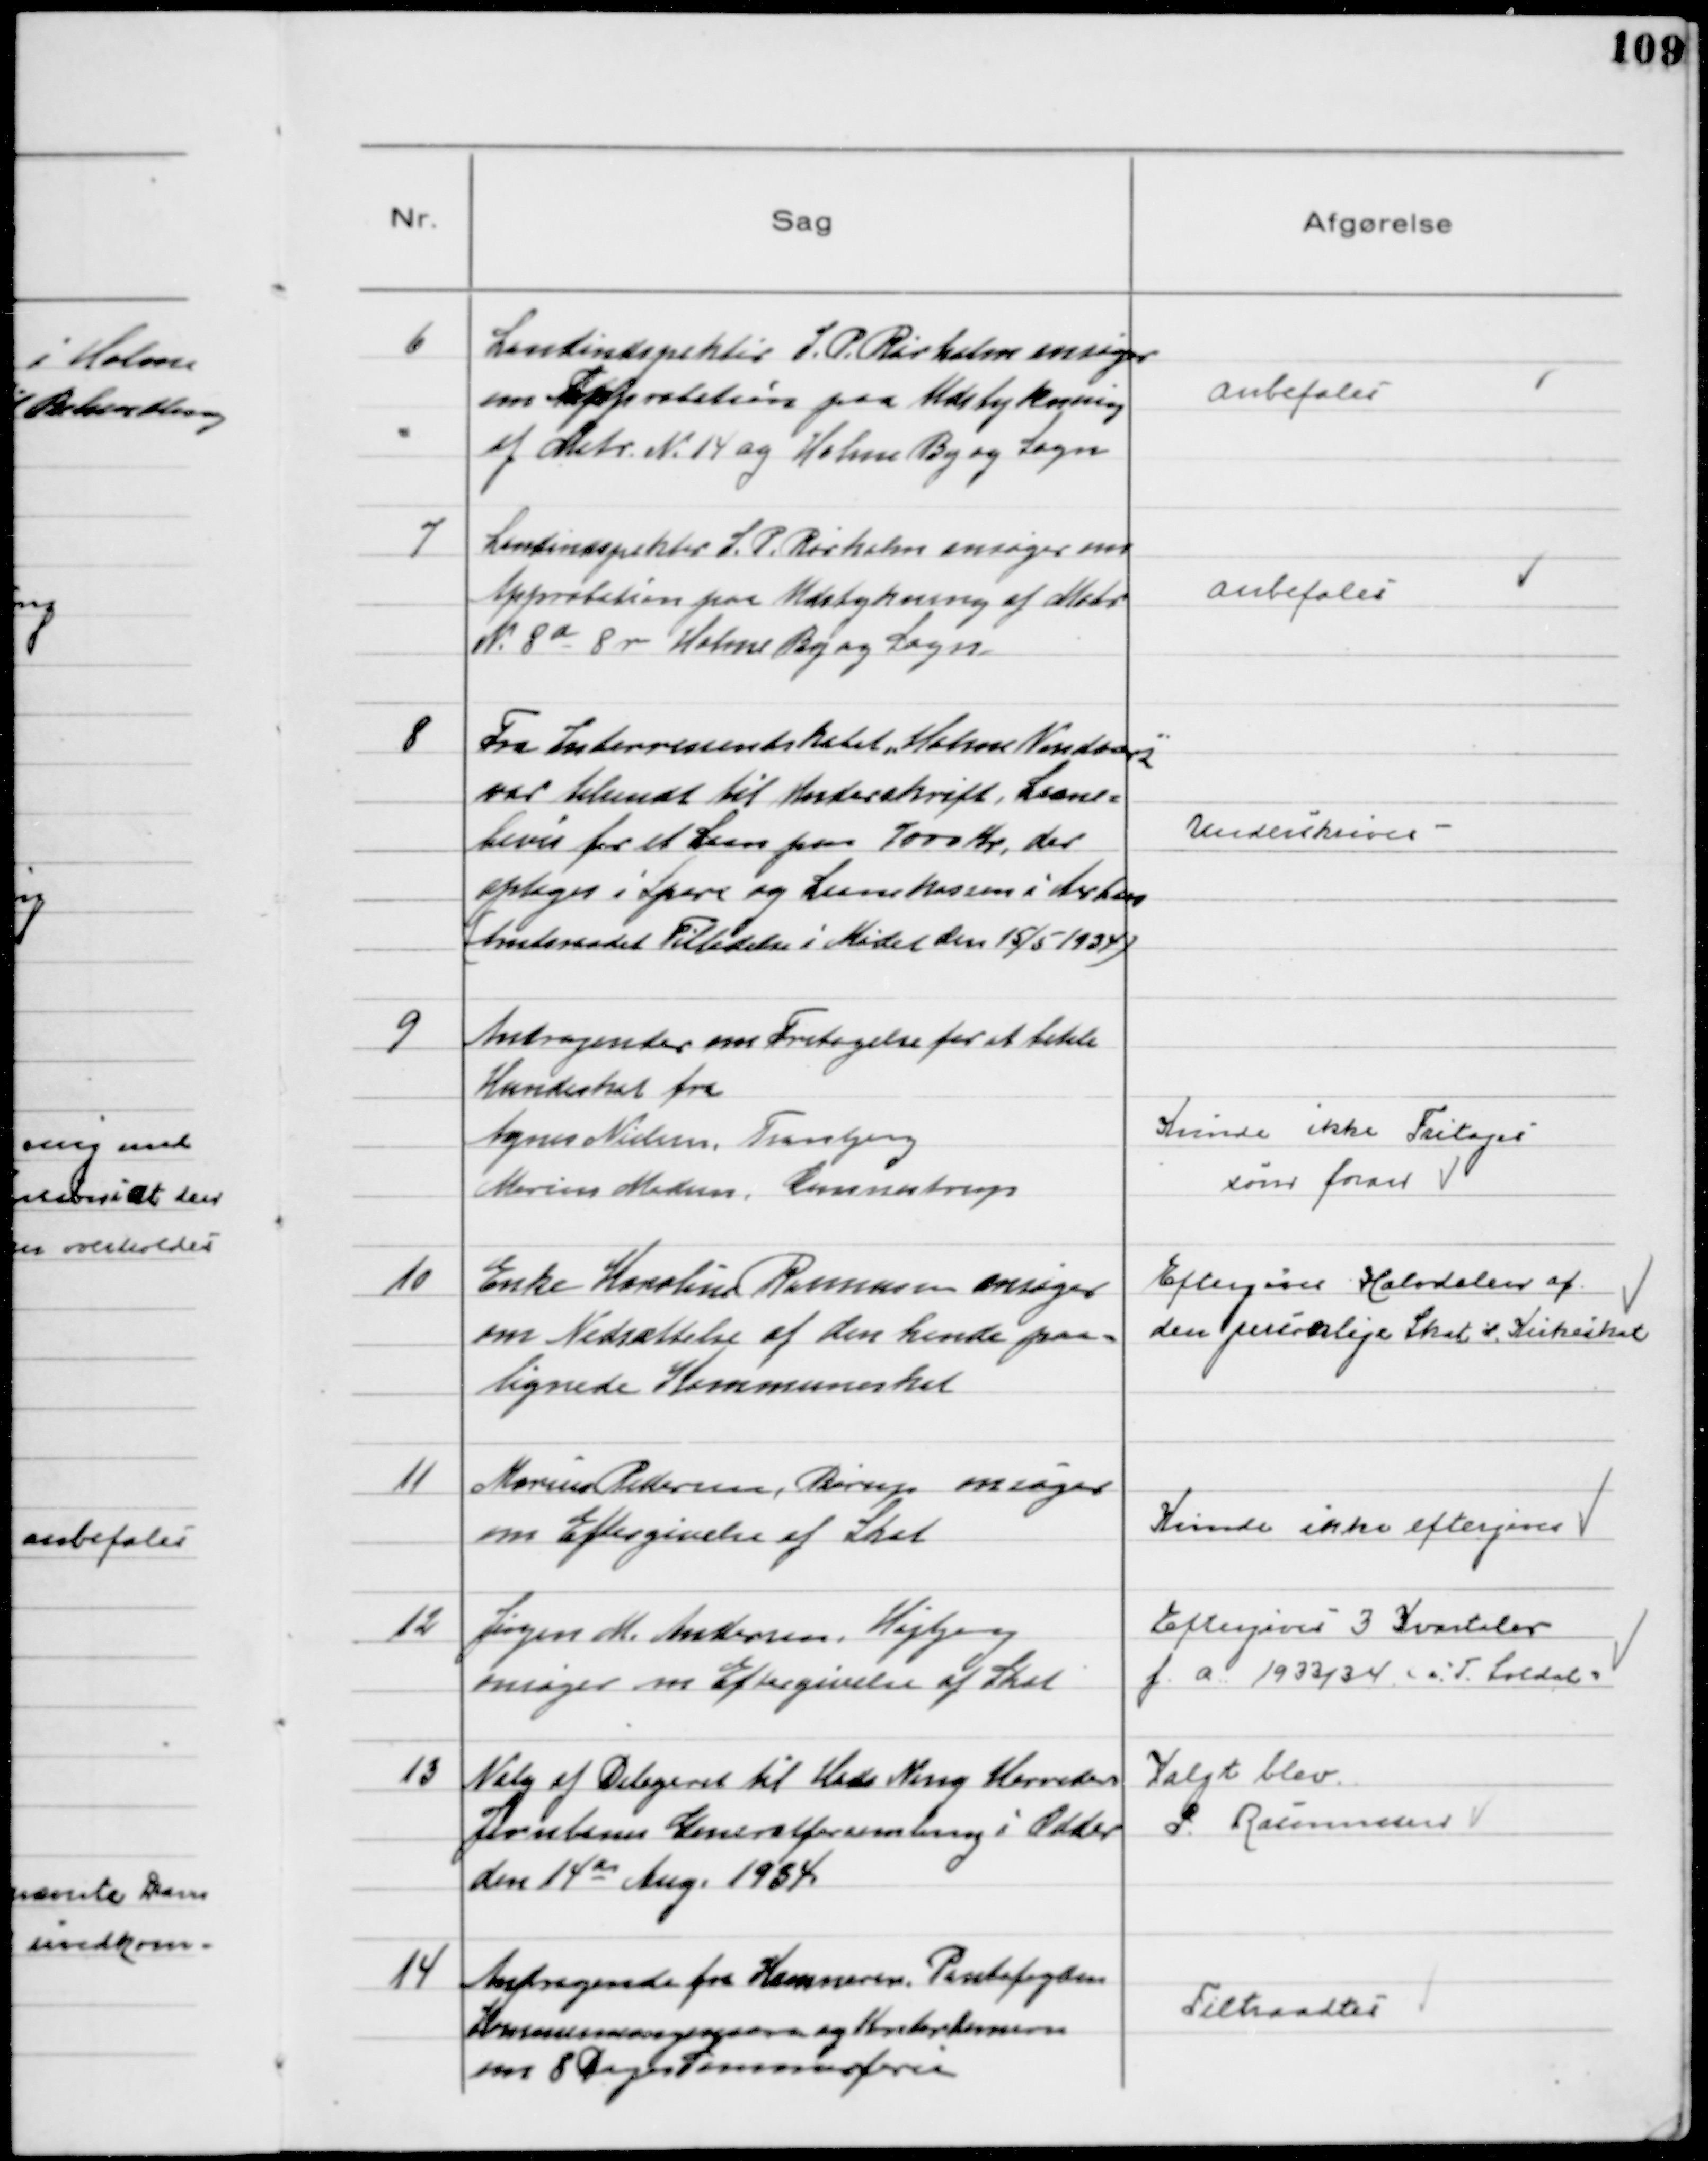
Transskription:
6
Landindspektør J. P. Rørholm ansøger
om Approbation paa Udstykning
af Matr № 14 ag Holme By og Sogn

Anbefales

7
Landindspektør J. P. Rørhplm ansøger om
Approbation paa Udstykning af Matr
№ 8d 8r Holme By og Sogn

Anbefales

8
Fra Interressentskabet "Holme Vandværk"
var tilsendt til Underskrift, Laane=
bevis for et Laan paa 7000 Kr, der
optages i Spare og Laanekassen i Aarhus
(Amtsraadets Tilladelse i Mødet den 15/5 1934)

Underskrives

9
Andragender om Fritagelse for at betale
Hundeskat fra
Agnes Nielsen, Tranbjerg
Marius Madsen, Gunnestrup

Kunde ikke Fritages
som foran

10
Enke Karoline Rasmussen ansøger
om Nedsættelse af den hende paa=
lignede Kommuneskat

Eftergives Halvdelen af
den personlige Skat ÷ Kirkeskat

11
Marius Pedersen, Børup ansøger
om Eftergivelse af Skat

Kunde ikke eftergives

12
Jørgen M. Andersen, Højbjerg
ansøger om Eftergivelse af Skat

Eftergives 3 Kvartaler
f.a. 1933/34 ( i T. Soldat)

13
Valg af Delegeret til Hads Ning Herreders
Jernbanes Generalforsamling i Odder
den 14de Aug. 1934

Valgt blev
P. Rasmussen

14
Andragende fra Kæmneren, Pantefogden
Kommissionspigerne og Kontordamerne
om 8 Dages Sommerferie

Tiltraadtes